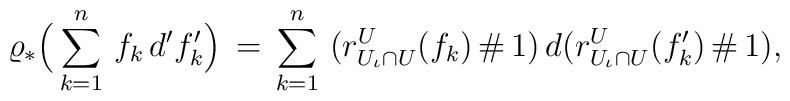
\varrho_* \Big( \sum \limits_{k = 1}^{n} \, f_k \, d' f_k' \Big) \, = \, \sum \limits_{k = 1}^{n} \, \big( r_{U_{\iota} \cap U}^U (f_k) \, \# \, 1\big) \, d \big( r_{U_{\iota} \cap U}^U (f_k') \, \# \, 1 \big),